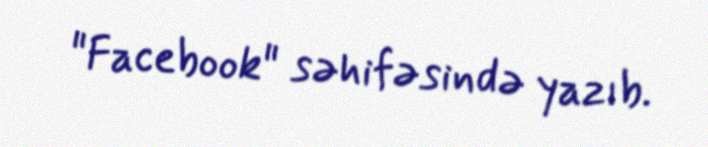
"Facebook" səhifəsində yazıb.